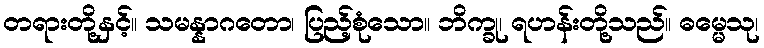
တရားတို့နှင့်။ သမန္နာဂတော၊ ပြည့်စုံသော။ ဘိက္ခု၊ ရဟန်းတို့သည်။ ဓမ္မေသု၊